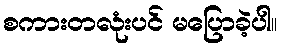
စကားတလုံးပင် မပြောခဲ့ပါ။